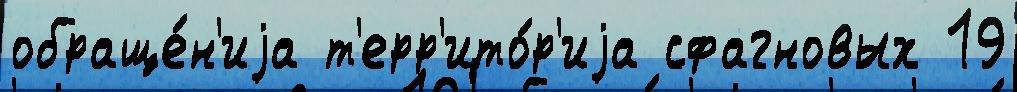
обраще́н'иjа т'ерр'ито́р'иjа сфагновых 19